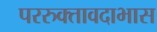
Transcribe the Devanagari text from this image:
पररुक्तावदाभास